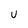
Character: U